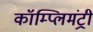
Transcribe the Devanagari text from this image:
कॉम्प्लिमंट्री